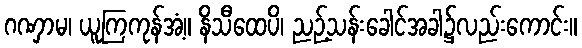
ဂဏှာမ၊ ယူကြကုန်အံ့။ နိသီထေပိ၊ ညဉ့်သန်းခေါင်အခါ၌လည်းကောင်း။